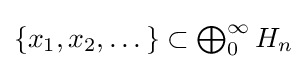
{\textstyle \{x_{1},x_{2},\dots \}\subset \bigoplus _{0}^{\infty }H_{n}}